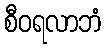
စီဝရလာဘံ